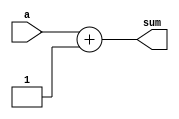
`timescale 1ns / 1ps
//////////////////////////////////////////////////////////////////////////////////
// Company: 
// Engineer: 
// 
// Design Name: 
// Module Name: fourbit_adder
// Project Name: 
// Target Devices: 
// Tool Versions: 
// Description: 
// 
// Dependencies: 
// 
// Revision:
// Revision 0.01 - File Created
// Additional Comments:
// 
//////////////////////////////////////////////////////////////////////////////////


module adder(
    input [7:0] a,
    //input [7:0] b,
    output [7:0] sum
    //input [3:0] carry
    );
    
    assign sum = a+1;

endmodule